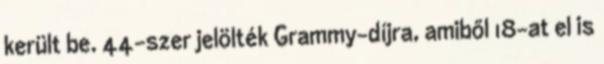
került be. 44-szer jelölték Grammy-díjra, amiből 18-at el is